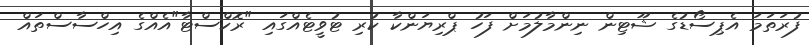
ފުރަތަމަ އެޕިސޯޑުގެ ޝޫޓިން ނިންމާލުމަށް ފަހު ޕްރިޔަންކާ ކުރި ޓުވީޓެއްގައި "ރޮކްސްޓާ"އެއްގެ އިހްސާސްތައް